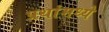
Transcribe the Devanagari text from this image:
प्रथांमध्ये